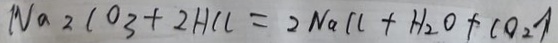
N a _ { 2 } C O _ { 3 } + 2 H C l = 2 N a C l + H _ { 2 } O + C O _ { 2 } \uparrow